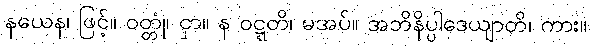
နယေန၊ ဖြင့်။ ဝတ္တုံ၊ ငှာ။ န ဝဋ္ဋတိ၊ မအပ်။ အဘိနိပ္ပါဒေယျာတိ၊ ကား။